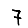
Digit: 7